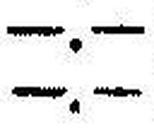
—.—